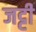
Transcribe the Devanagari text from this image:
जट्टी